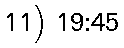
11) 19:45